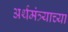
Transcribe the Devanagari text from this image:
अर्थमंत्र्याच्या